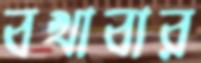
বখাবার